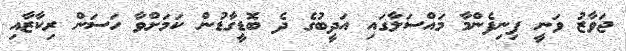
ޖަވާޒު ވަނީ ފިނިފެންމާ މައްސަލާގައި އަދީބުގެ ދެ ބޮޑީގާޑުން ކަމަށްވާ ހަސަން ރިކާޒާއި